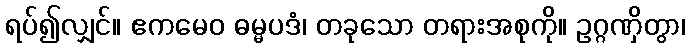
ရပ်၍လျှင်။ ဧကမေဝ ဓမ္မပဒံ၊ တခုသော တရားအစုကို။ ဥဂ္ဂဏှိတွာ၊